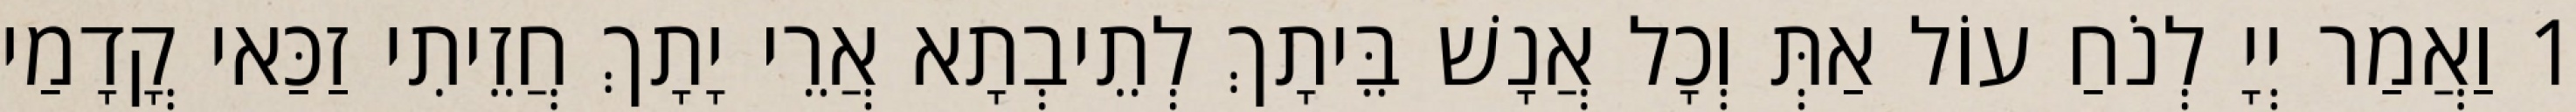
1 וַאֲמַר יְיָ לְנֹחַ עוֹל אַתְּ וְכָל אֲנָשׁ בֵּיתָךְ לְתֵיבְתָא אֲרֵי יָתָךְ חֲזֵיתִי זַכַּאי קֳדָמַי